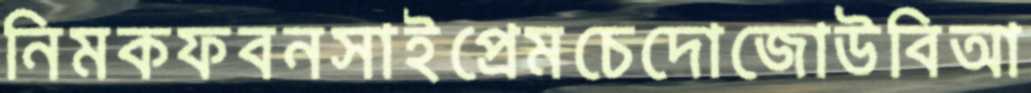
নিমকফবনসাইপ্রেমচেদোজোউবিআ